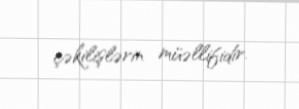
çəkilişlərin müəllifidir.